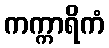
ကက္ကာရိကံ